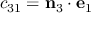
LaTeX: c _ { 3 1 } = \mathbf { n } _ { 3 } \cdot \mathbf { e } _ { 1 }